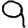
Digit: 9